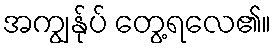
အကျွန်ုပ် တွေ့ရလေ၏။